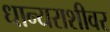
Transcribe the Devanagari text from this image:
धान्यराशीवर